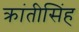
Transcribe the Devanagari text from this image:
क्रांतीसिंह